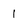
Character: 1